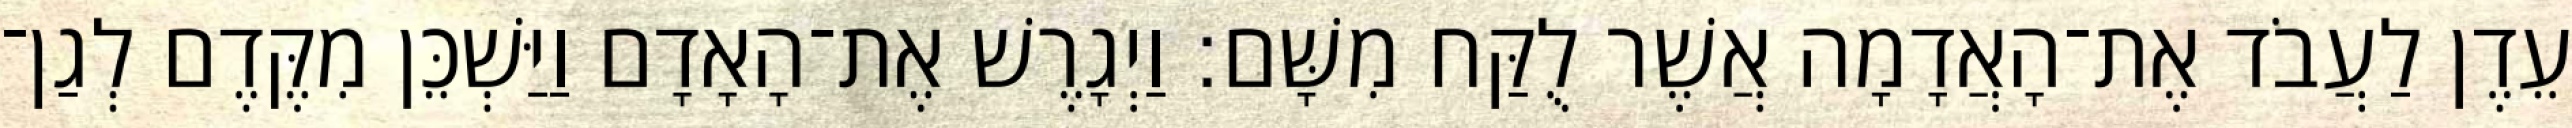
עֵדֶן לַעֲבֹד אֶת־הָאֲדָמָה אֲשֶׁר לֻקַּח מִשָּׁם׃ וַיְגָרֶשׁ אֶת־הָאָדָם וַיַּשְׁכֵּן מִקֶּדֶם לְגַן־